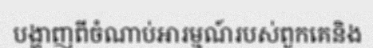
បង្ហាញពីចំណាប់អារម្មណ៍របស់ពួកគេនិង